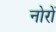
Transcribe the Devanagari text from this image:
नोरों